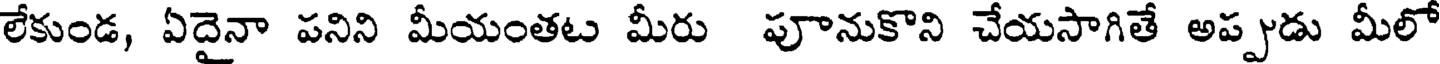
లేకుండ, ఏదైనా పనిని మీయంతట మీరు పూనుకొని చేయసాగితే అప్పుడు మీలో